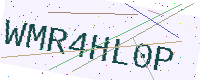
Text: WMR4HL0P